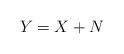
LaTeX: \begin{align*} Y = X + N\end{align*}